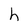
Character: h